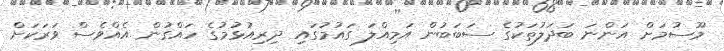
މޫސުމަށް އަންނަ ބަދަލުތަކުގެ ސަބަބުން އަމިއްލަ ގައުމުގައި ދިރިއުޅުމުގެ ހައްގުން އެއްވެސް ވަރަކަށް